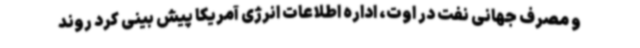
و مصرف جهانی نفت در اوت، اداره اطلاعات انرژی آمریکا پیش بینی کرد روند